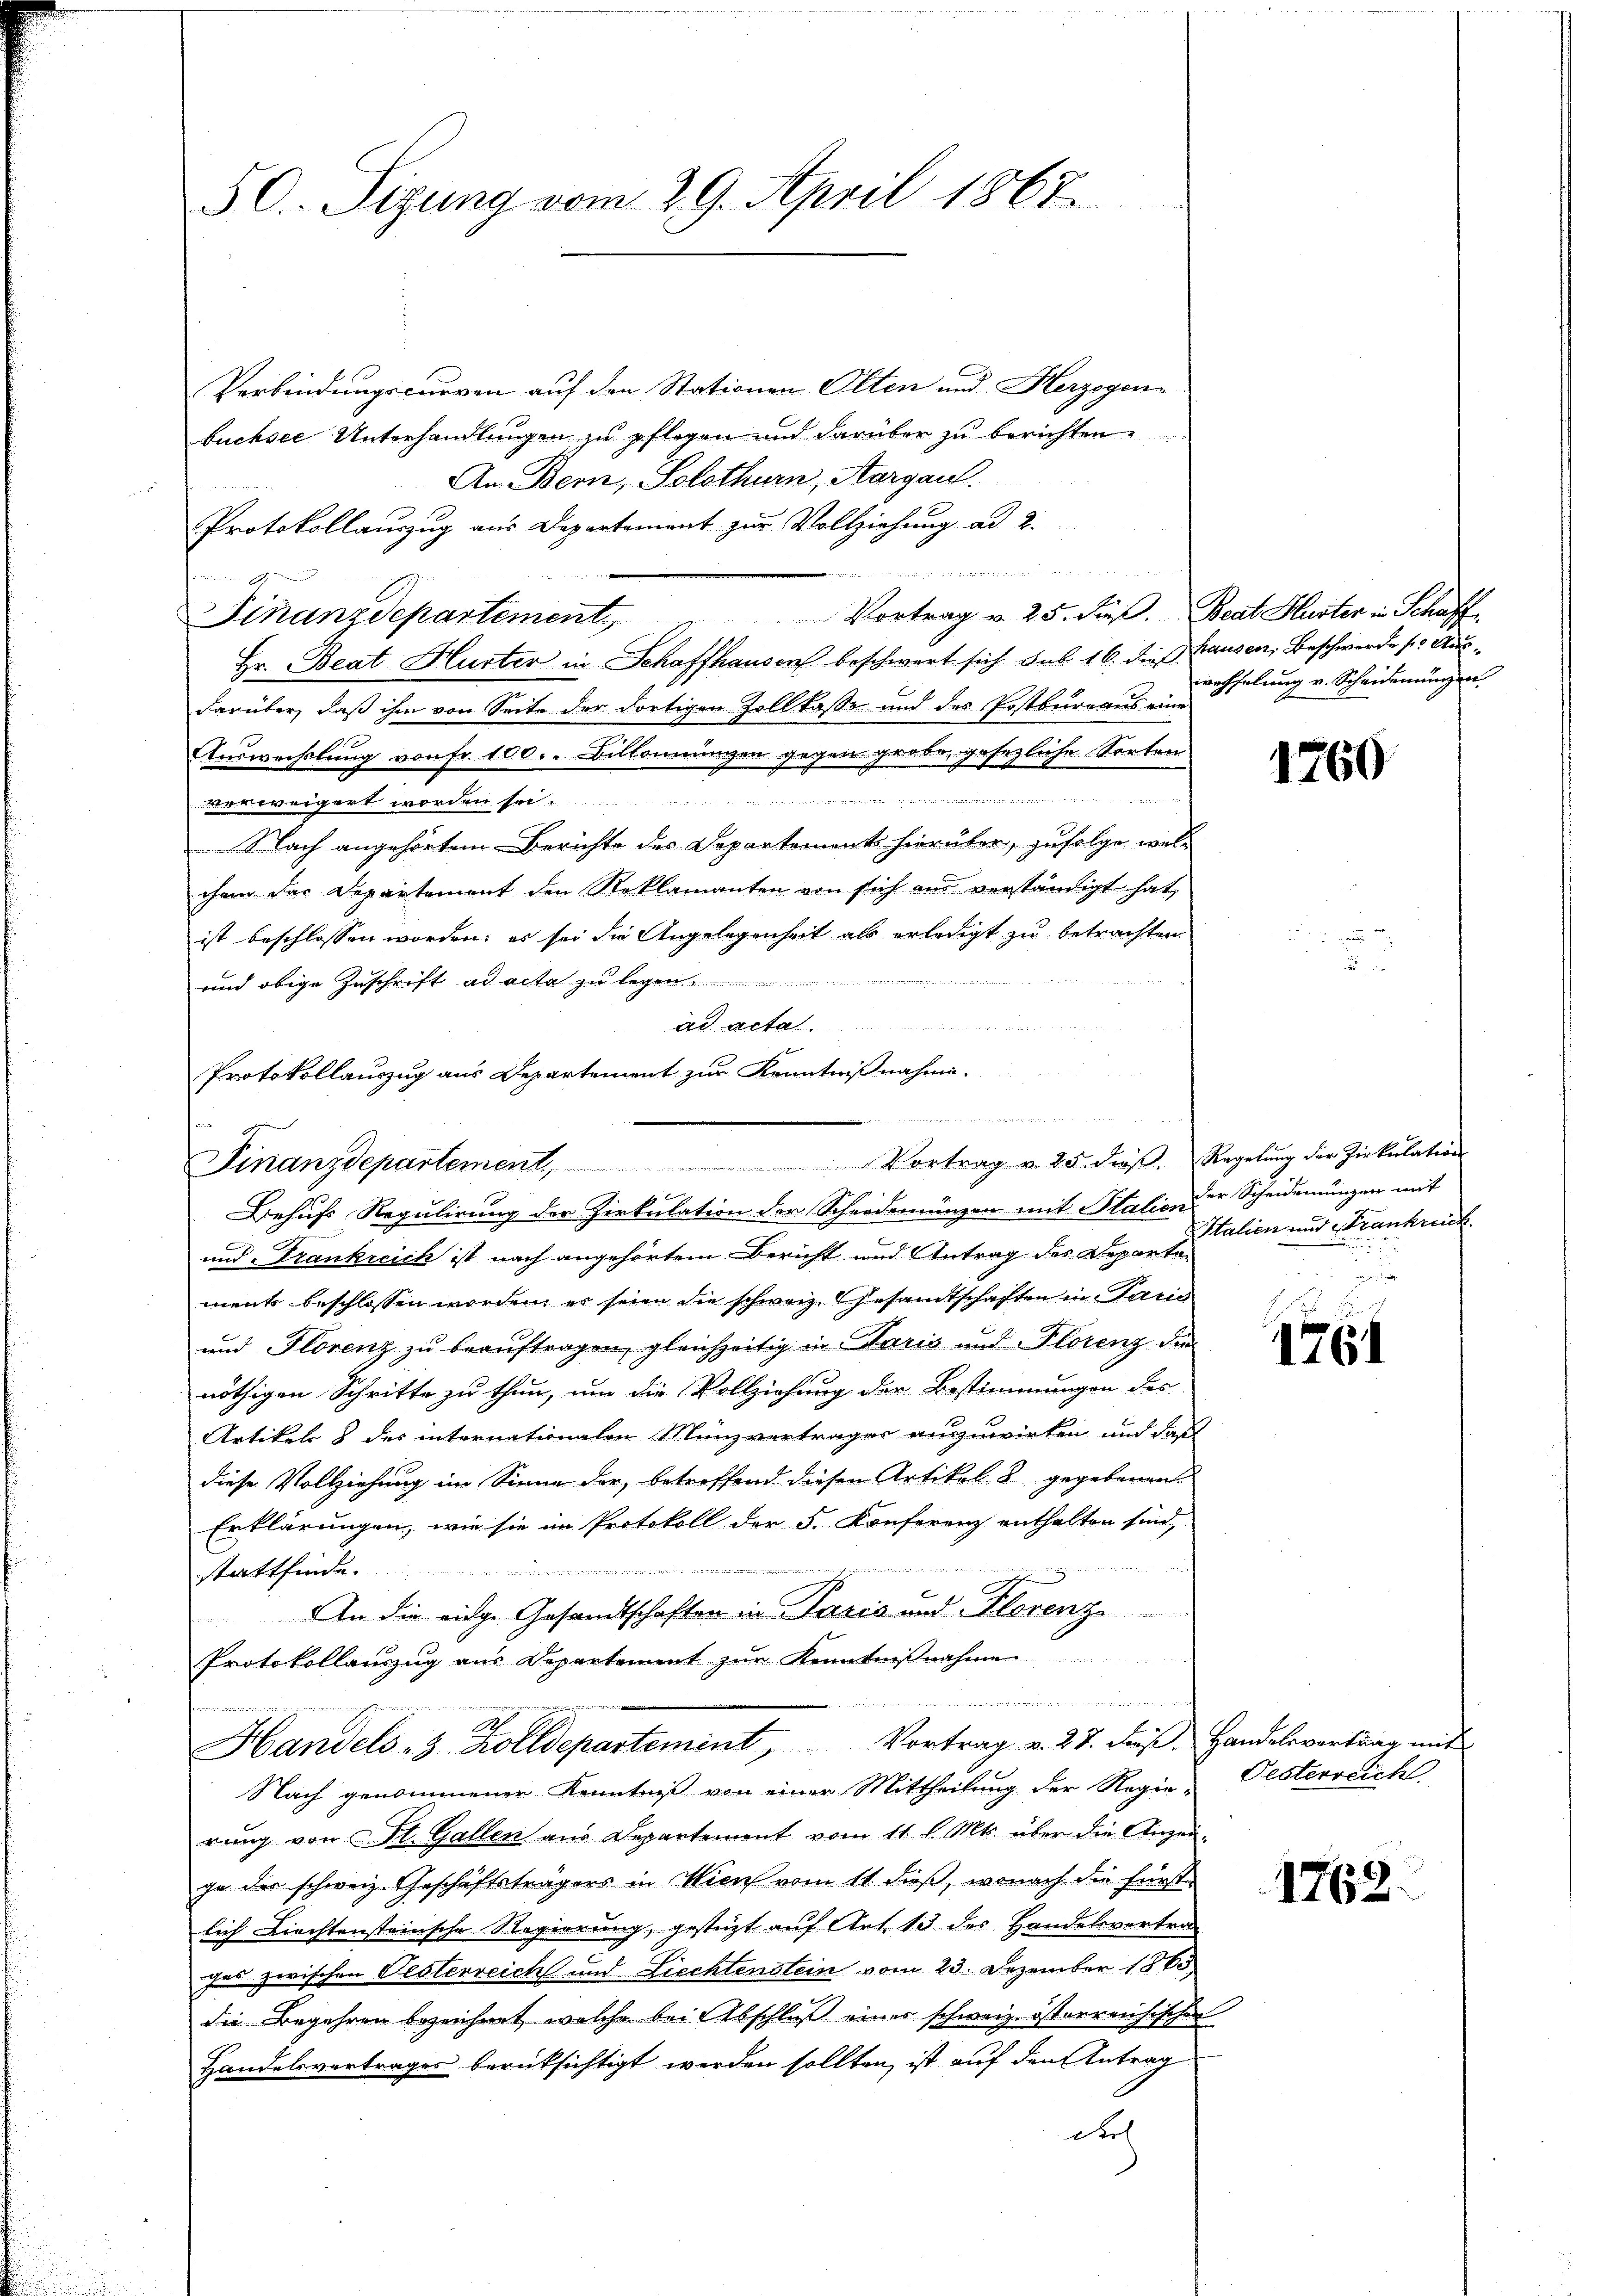
50. Sizung vom 29. April 1867.

Verbindungscurren auf den Stationen Olten und Herzogen
büchsee Unterhandlungen zu pflegen und darüber zu berichten
An Bern, Solothurn, Aargau.
Protokollauszug aus Departement zur Vollziehung ad 2.
d
e
Vortrag u. 25. dieß. Beat Huster in Schaff¬
Finanzdepartement
Hr. Beat Hurter in Schaffhausen beschwert sich sub 16. dieß hausen, Beschwerde 15 Ausdarüber, daß ihm von Seite der dortigen Zollkasse und des Postbureaus eine
Auswechslung von Fr. 100. Diskommungen gegen große, gesezliche Sorten
 1 erlassen der der Meinunter
e
verweigert worden sei.
Nach angehörten-Berichte des Departement hierüber, zufolge wol
chem das Departement den Reklamanten von sich am verständigt hat,
ist beschlossen worden; es sei die Angelegenheit als erledigt zu betrachten.
und obige Zuschrift ad acta zu legen
ad acta
und Frankreich ist nach angehörtem Bericht und Antrag des Departe
ment beschlossen worden, er seien die schweiz. Gesamtschaften in Paris
und Florenz zu beauftragen, gleichzeitig in Paris und Florenz die
nöthigen Schritte zu thun, um die Vollziehung der Bestimmungen des
Artikels & des internationalen Münzverträger auszuwirten und daß
diese Vollziehung im Sinne der, betreffend diesen Artikel & gegebenen
Erklärungen, wie sie im Protokoll der 5. Konferenz enthalten sind,
stattfinde
An die eidge Gesandtschaften in Paris und Florenz
Protokollauszug aus Departement zŭr Kenntniβnahme
den mit

Percommungen werden.
M.
f
Handels- & Zolldepartement, Vortrag v. 27. dβ. Handelsvertrag mit
Nach genommener Kenntniß von einer Mittheilung der Regie-Vesterreich
rŭng von St. Gallen aus Departement vom 11. l. Mts. über die Angen-
ge der schweiz. Geschäftsträgers in Wien vom 11. dieß, wonach die Fürst
lich Liechtensteinsche Regierung, gestüzt auf Art. 13 der Handelsvertrager zwischen Oesterreichs und Liechtenstein vom 23. Dezember 1868
die Begehren bezeichnet, welche bei Abschluß eines schweiz. österreichischen
Handelsvertrages berücksichtigt werden sollten, ist auf den Antrag
Diel

7

Protokollauszug aus Departement zur Kenntnißnahme-

Finanzdepartement, Vortrag v. 25. dieβ.  Regelŭng der Zirkŭlation
Behufs Regulirung der Zirkulation der Scheidemünzen mit Station der Scheidemungen mit

wahhelung v. Scheidemungen.

1760

Italien und Frankreich

1764

1762